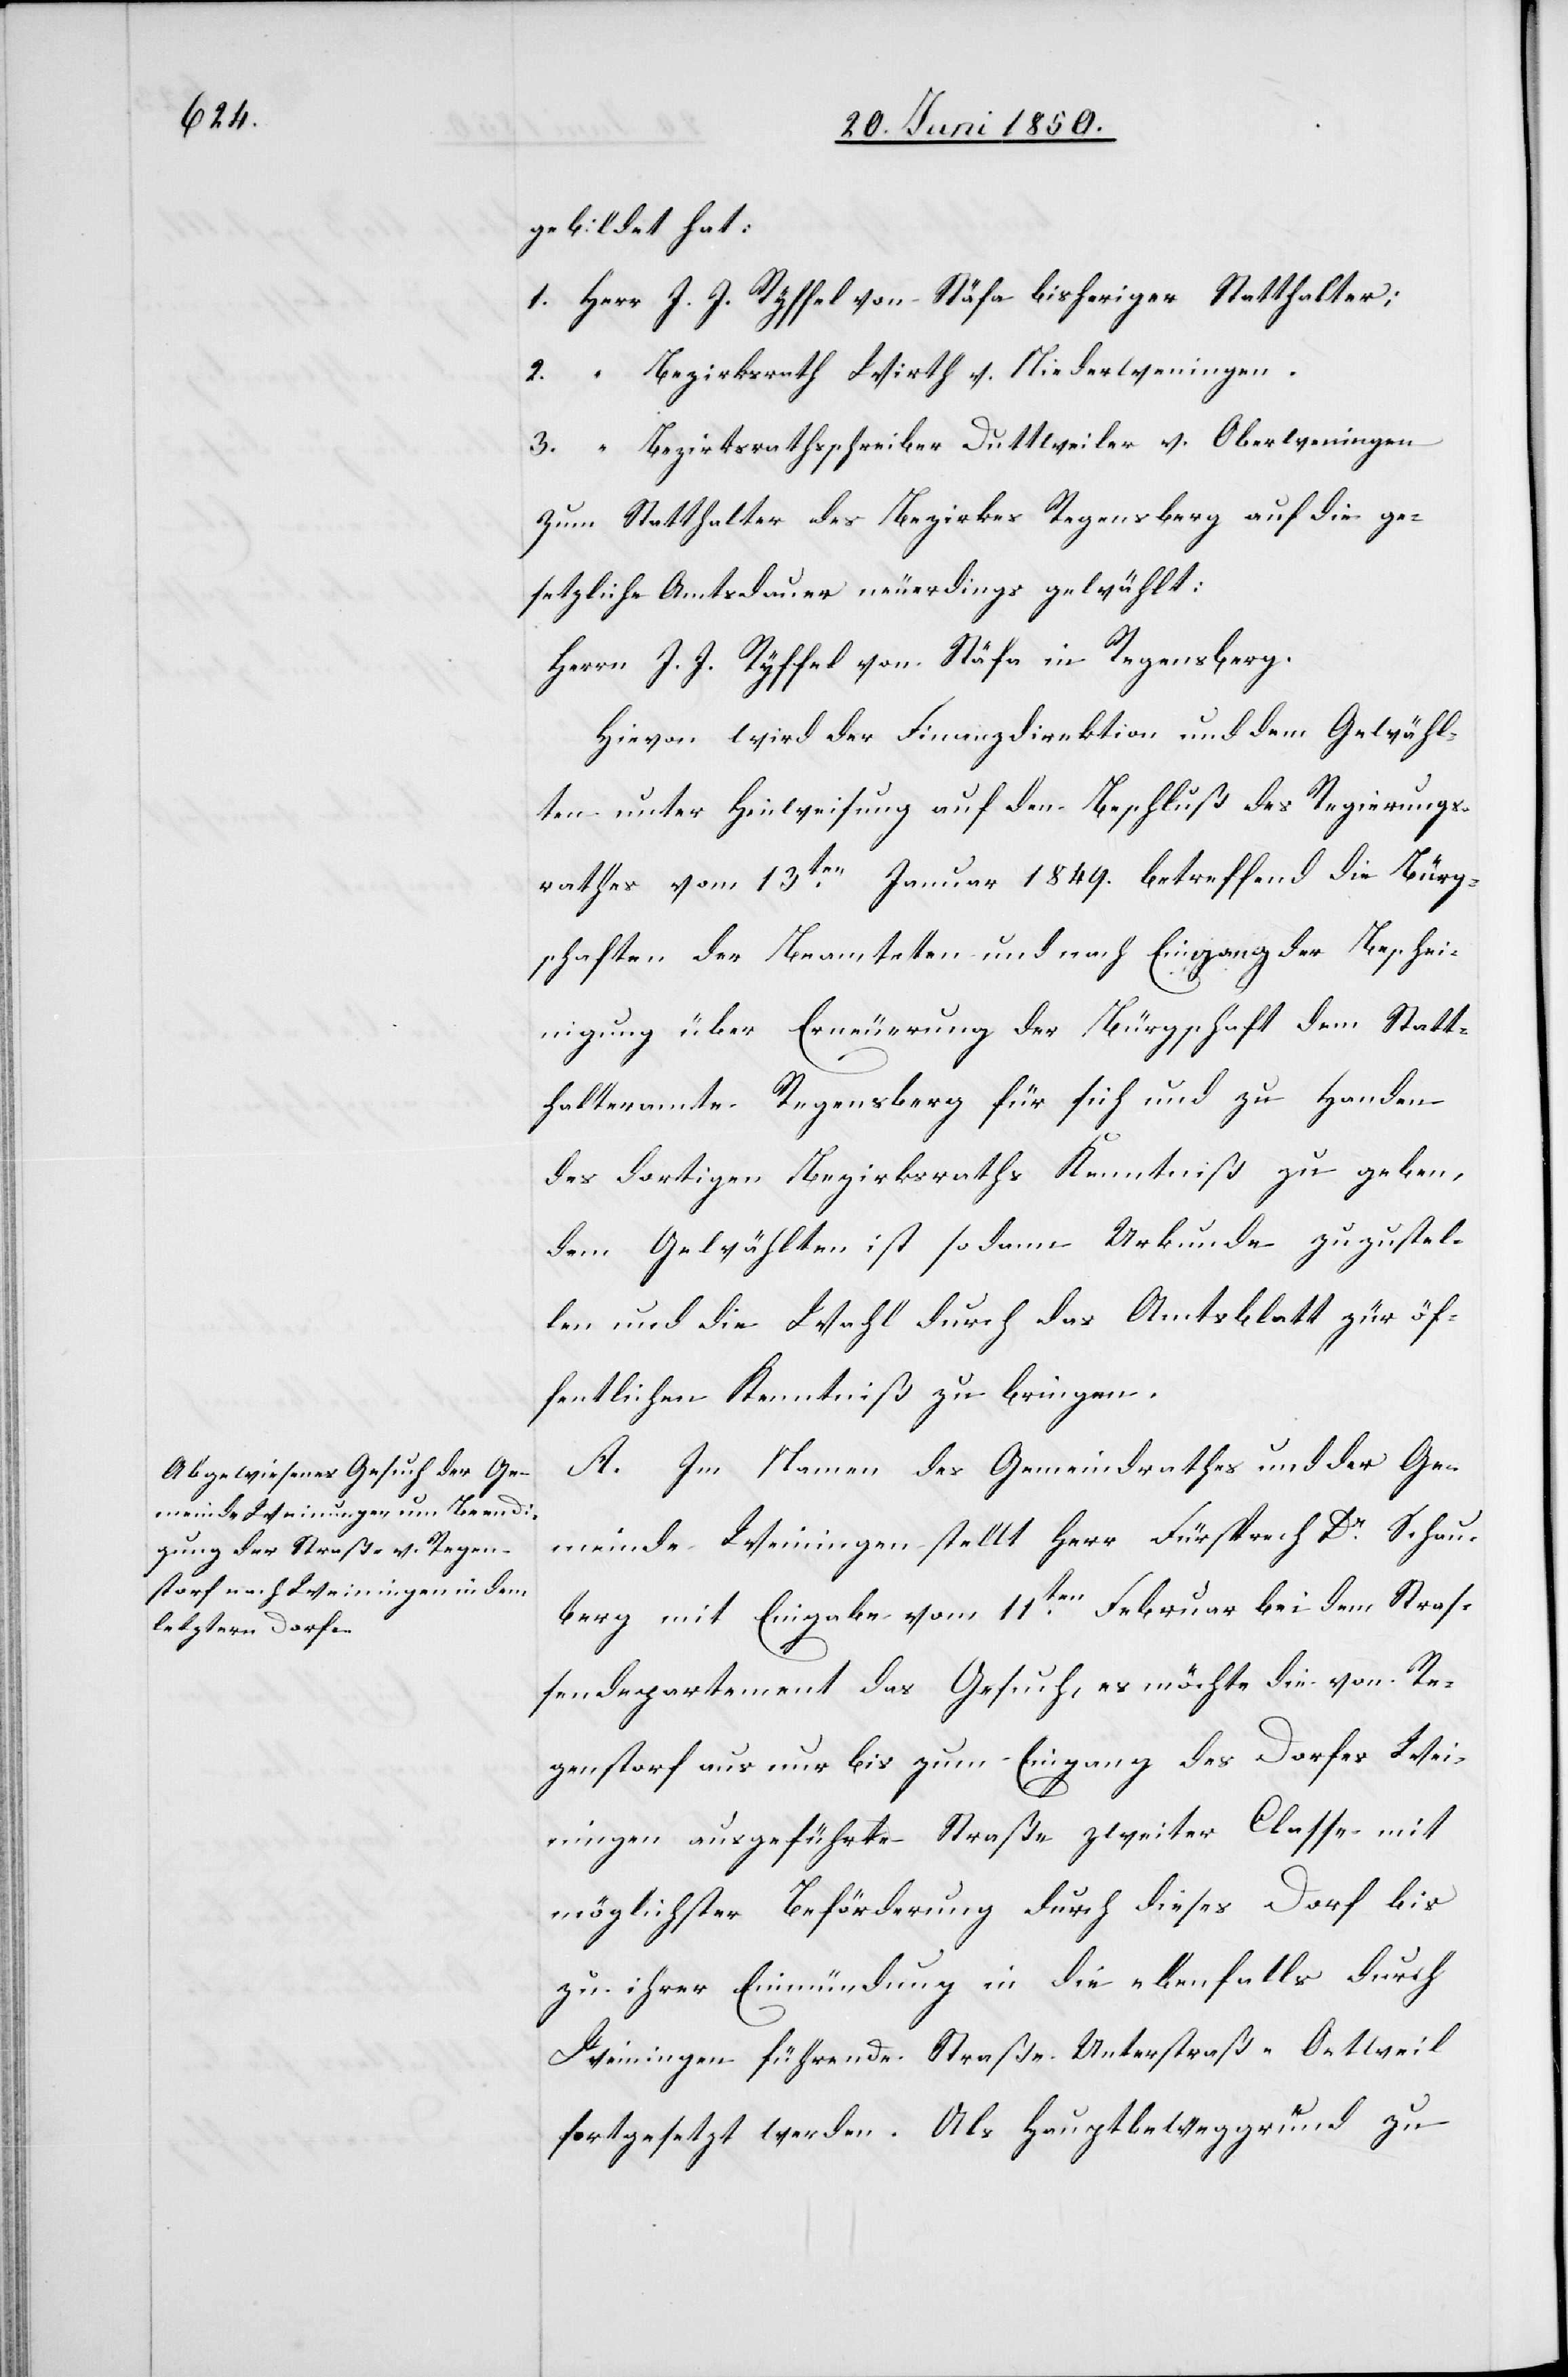
gebildet hat:
1. Herr J. J. Ryffel von Stäfa bisheriger Statthalter;
2. “ Bezirksrath Wirth v. Niederweningen.
3. “ Bezirksrathsschreiber Duttweiler von Oberweningen
Zum Statthalter des Bezirkes Regensberg auf die ge¬
setzliche Amtsdauer neuerdings gewählt:
Herrn J. J. Ryffel von Stäfa in Regensberg.
Hievon wird der Finanzdirektion und dem Gewähl¬
ten unter Hinweisung auf den Beschluß des Regierungs¬
rathes vom 13ten Januar 1849. betreffend die Bürg¬
schaften der Beamteten und nach Eingang der Beschei¬
nigung über Erneuerung der Bürgschaft dem Statt¬
halteramte Regensberg für sich und zu Handen
des dortigen Bezirksraths Kenntniß zu geben
dem Gewählten ist sodann Urkunde zuzustel¬
len und die Wahl durch das Amtsblatt zür
öffentlichen Kenntniß zu bringen.
A. Im Namen des Gemeindrathes und der Ge¬
meinde Weiningen stellt Herr Fürsprech Dr Schau¬
berg mit Eingabe vom 11ten Februar bei dem Straß¬
endepartement das Gesuch, es möchte die von Re¬
genstorf aus nur bis zum Eingang des Dorfes Wei¬
ningen ausgeführte Straße zweiter Classe mit
möglichster Beförderung durch dieses Dorf bis
zu ihrer Einmündung in die ebenfalls durch
Weiningen führende Straße Unterstraß-Oetweil
fortgesetzt werden. Als Hauptbeweggrund zu